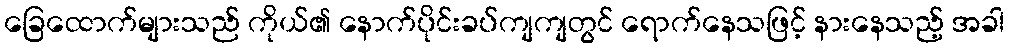
ခြေထောက်များသည် ကိုယ်၏ နောက်ပိုင်းခပ်ကျကျတွင် ရောက်နေသဖြင့် နားနေသည့် အခါ